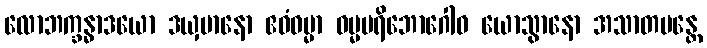
လောဘက္ခန္ဓာဒယော ဒယှမာနော ဧဝံဓမ္မာ ဓမ္မပရိဘောဂေါဝ ယောသွာနော အသာတမန္တေ